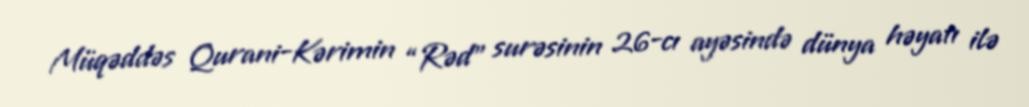
Müqəddəs Qurani-Kərimin “Rəd” surəsinin 26-cı ayəsində dünya həyatı ilə